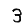
Digit: 3